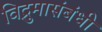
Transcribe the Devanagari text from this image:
विद्रुमासंबंधी